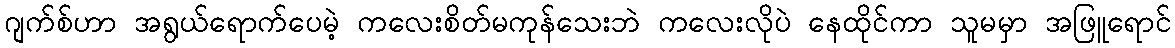
ဂျက်စ်ဟာ အရွယ်ရောက်ပေမဲ့ ကလေးစိတ်မကုန်သေးဘဲ ကလေးလိုပဲ နေထိုင်ကာ သူမမှာ အဖြူရောင်